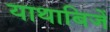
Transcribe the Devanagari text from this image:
याथाबिजें